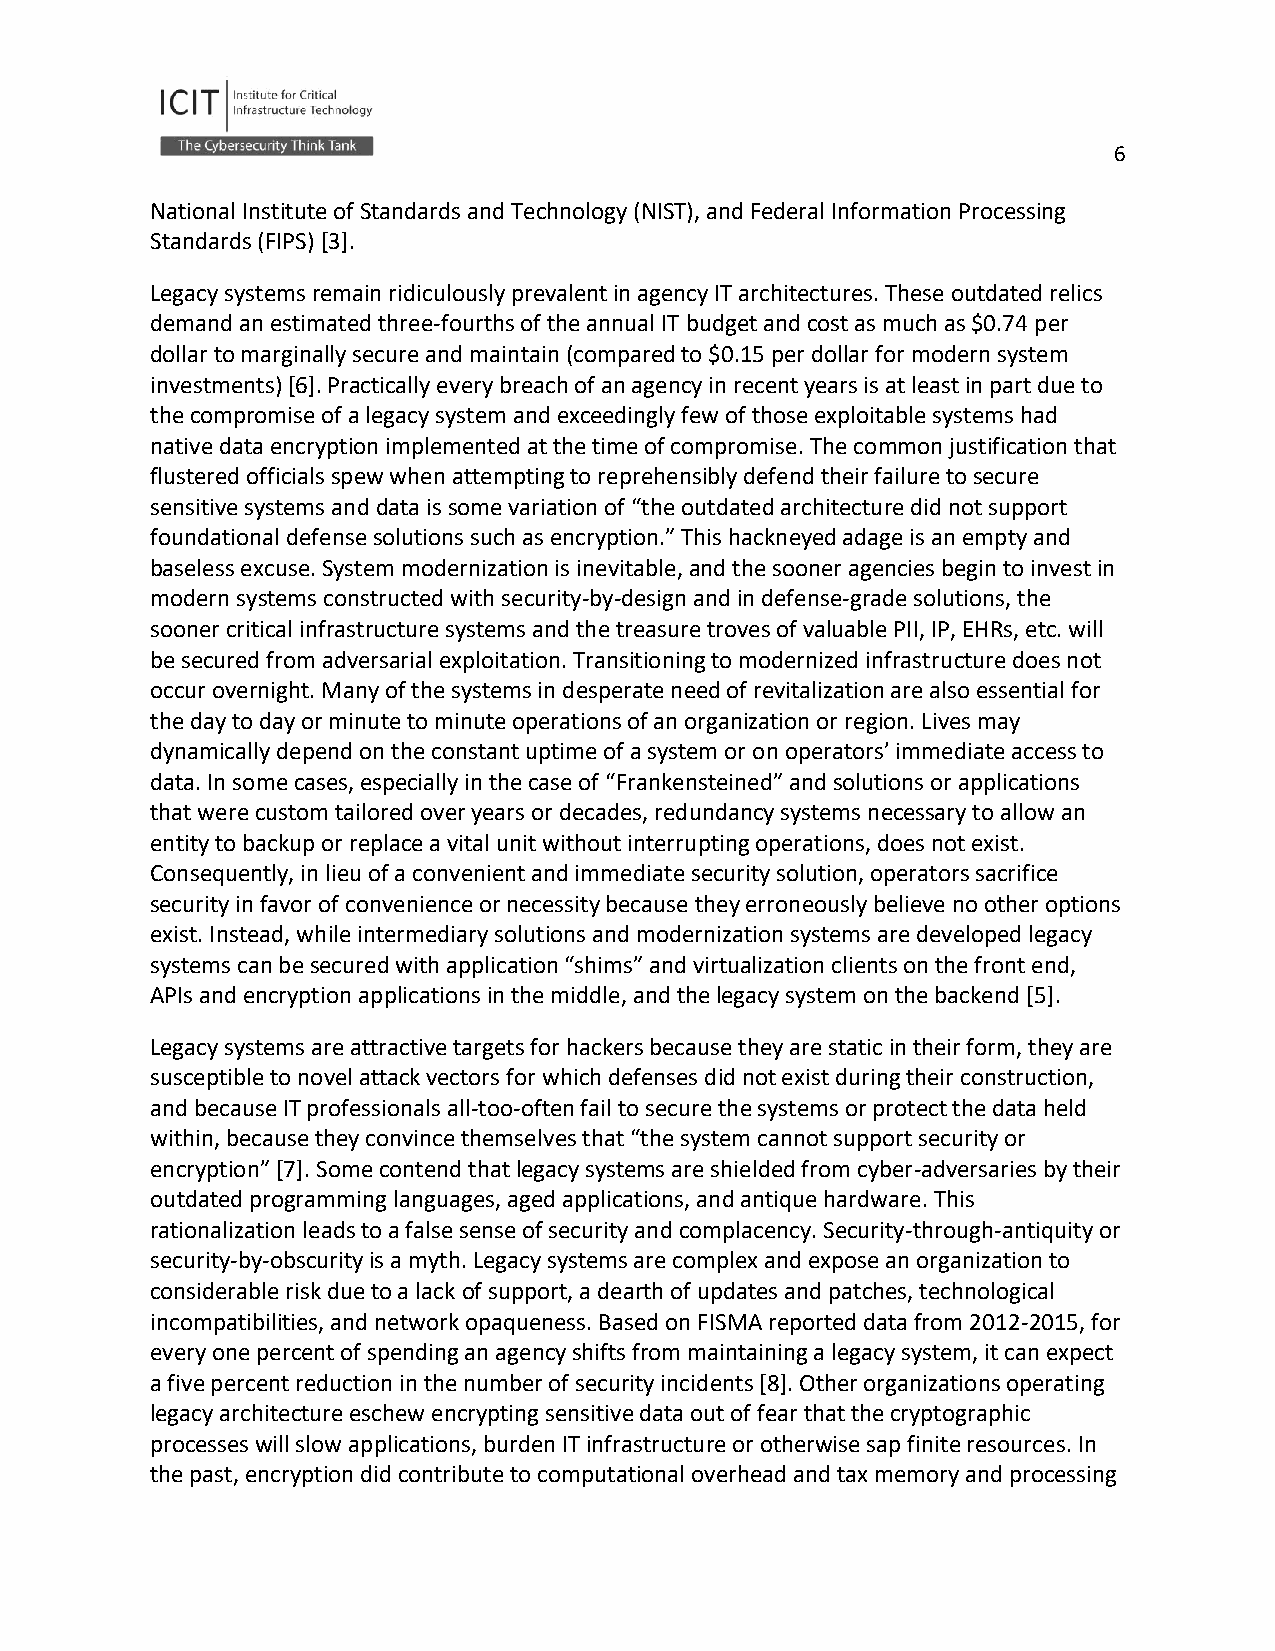
6
 National Institute of Standards and Technology (NIST), and Federal Information Processing
 Standards (FIPS) [3].
 Legacy systems remain ridiculously prevalent in agency IT architectures. These outdated relics
 demand an estimated three-fourths of the annual IT budget and cost as much as $0.74 per
 dollar to marginally secure and maintain (compared to $0.15 per dollar for modern system
 investments) [6]. Practically every breach of an agency in recent years is at least in part due to
 the compromise of a legacy system and exceedingly few of those exploitable systems had
 native data encryption implemented at the time of compromise. The common justification that
 flustered officials spew when attempting to reprehensibly defend their failure to secure
 sensitive systems and data is some variation of “the outdated architecture did not support
 foundational defense solutions such as encryption.” This hackneyed adage is an empty and
 baseless excuse. System modernization is inevitable, and the sooner agencies begin to invest in
 modern systems constructed with security-by-design and in defense-grade solutions, the
 sooner critical infrastructure systems and the treasure troves of valuable PII, IP, EHRs, etc. will
 be secured from adversarial exploitation. Transitioning to modernized infrastructure does not
 occur overnight. Many of the systems in desperate need of revitalization are also essential for
 the day to day or minute to minute operations of an organization or region. Lives may
 dynamically depend on the constant uptime of a system or on operators’ immediate access to
 data. In some cases, especially in the case of “Frankensteined” and solutions or applications
 that were custom tailored over years or decades, redundancy systems necessary to allow an
 entity to backup or replace a vital unit without interrupting operations, does not exist.
 Consequently, in lieu of a convenient and immediate security solution, operators sacrifice
 security in favor of convenience or necessity because they erroneously believe no other options
 exist. Instead, while intermediary solutions and modernization systems are developed legacy
 systems can be secured with application “shims” and virtualization clients on the front end,
 APIs and encryption applications in the middle, and the legacy system on the backend [5].
 Legacy systems are attractive targets for hackers because they are static in their form, they are
 susceptible to novel attack vectors for which defenses did not exist during their construction,
 and because IT professionals all-too-often fail to secure the systems or protect the data held
 within, because they convince themselves that “the system cannot support security or
 encryption” [7]. Some contend that legacy systems are shielded from cyber-adversaries by their
 outdated programming languages, aged applications, and antique hardware. This
 rationalization leads to a false sense of security and complacency. Security-through-antiquity or
 security-by-obscurity is a myth. Legacy systems are complex and expose an organization to
 considerable risk due to a lack of support, a dearth of updates and patches, technological
 incompatibilities, and network opaqueness. Based on FISMA reported data from 2012-2015, for
 every one percent of spending an agency shifts from maintaining a legacy system, it can expect
 a five percent reduction in the number of security incidents [8]. Other organizations operating
 legacy architecture eschew encrypting sensitive data out of fear that the cryptographic
 processes will slow applications, burden IT infrastructure or otherwise sap finite resources. In
 the past, encryption did contribute to computational overhead and tax memory and processing